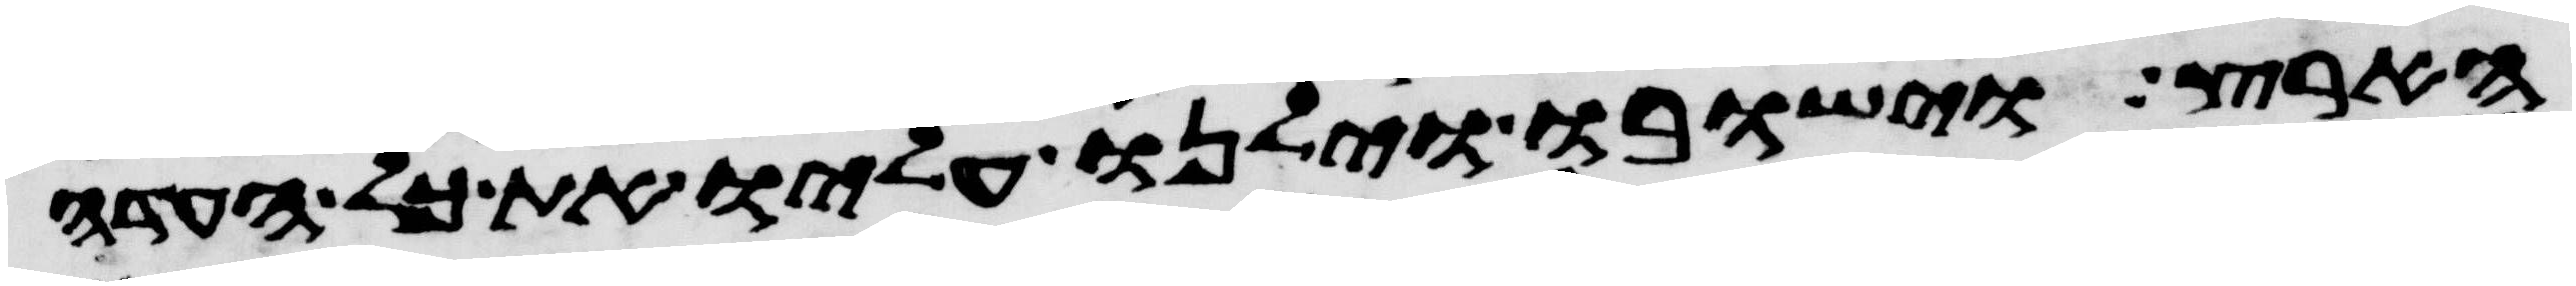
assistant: הארץ וישבו וילנו עליו את כל העדה